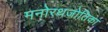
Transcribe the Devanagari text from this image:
मनोरथजोतिका